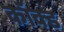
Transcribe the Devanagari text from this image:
कॉक्ड